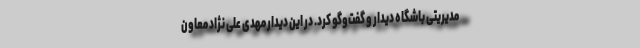
مدیریتی باشگاه دیدار و گفت‌وگو کرد. در این دیدار مهدی علی نژاد معاون